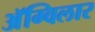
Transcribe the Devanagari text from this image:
अॅग्विलार